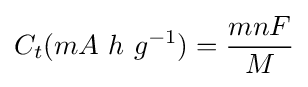
C_{t}(mA\ h\ g^{-1})={\frac {mnF}{M}}